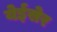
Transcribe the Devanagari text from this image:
येईसेर